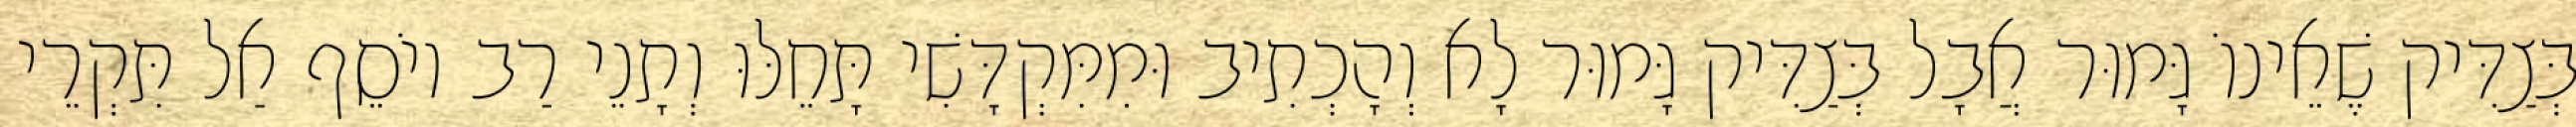
בְּצַדִּיק שֶׁאֵינוֹ גָּמוּר אֲבָל בְּצַדִּיק גָּמוּר לָא וְהָכְתִיב וּמִמִּקְדָּשִׁי תָּחֵלּוּ וְתָנֵי רַב יוֹסֵף אַל תִּקְרֵי